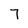
Character: 7